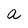
Character: a